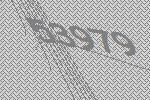
53979